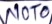
Text: NOT0